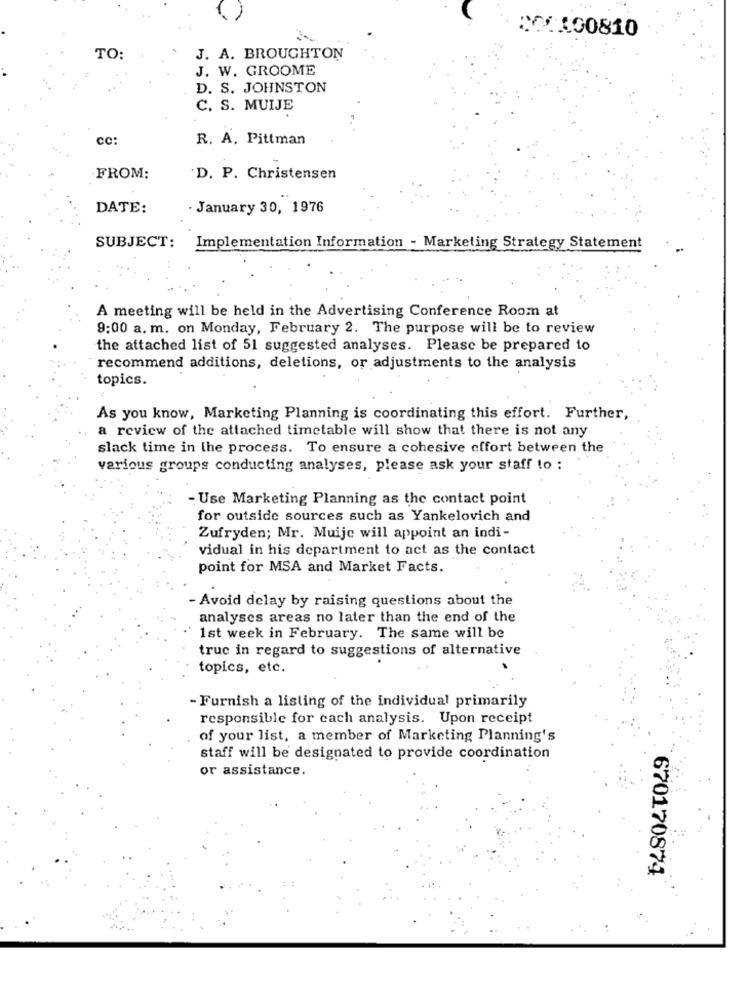
00100810
TO:
J. A. BROUGHTON
J. W. GROOME
D. S. JOHNSTON
C. S. MUIJE
cc:
R. A. Pittman
FROM:
D. P. Christensen
DATE:
· January 30, 1976
SUBJECT: Implementation Information - Marketing Strategy Statement
A meeting will be held in the Advertising Conference Room at
9:00 a. m. on Monday, February 2. The purpose will be to review
the attached list of 51 suggested analyses. Please be prepared to
recommend additions, deletions, or adjustments to the analysis
topics.
As you know, Marketing Planning is coordinating this effort. Further,
a review of the attached timetable will show that there is not any
slack time in the process. To ensure a cohesive effort between the
various groups conducting analyses, please ask your staff to :
- Use Marketing Planning as the contact point
for outside sources such as Yankelovich and
Zufryden; Mr. Muije will appoint an indi -
vidual in his department to act as the contact
point for MSA and Market Facts.
- Avoid delay by raising questions about the
analyses areas no later than the end of the
1st week in February. The same will be
truc in regard to suggestions of alternative
topics, etc.
- Furnish a listing of the individual primarily
responsible for each analysis. Upon receipt
of your list, a member of Marketing Planning's
staff will be designated to provide coordination
or assistance.
670170874